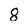
Character: 8